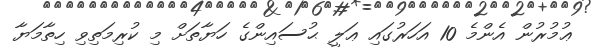
ޢުމުރުން އެންމެ 10 އަހަރުގައި ޢަލީ ޙުސައިންގެ ހަޔާތަށް މި ކުރިމަތިވި ހިތާމަޔާ